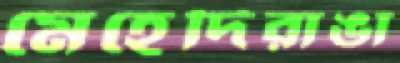
মেহেদিরাঙা